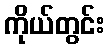
ကိုယ်တွင်း